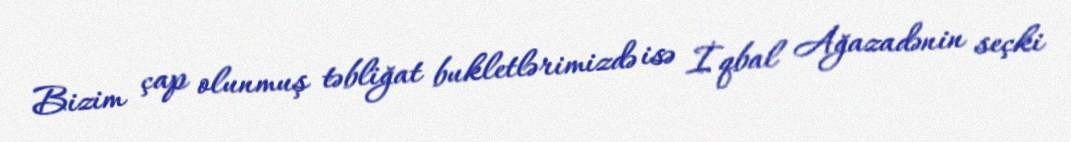
Bizim çap olunmuş təbliğat bukletlərimizdə isə İqbal Ağazadənin seçki